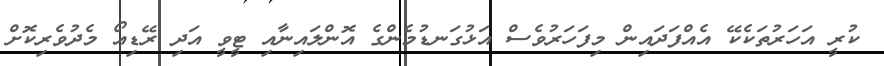
ކުރީ އަހަރުތަކެކޭ އެއްފަދައިން މިފަހަރުވެސް އަޅުގަނޑުމެންގެ އޮންލައިނާއި ޓީވީ އަދި ރޭޑިއޯ މެދުވެރިކޮށް